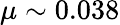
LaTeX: \mu\sim 0.038